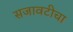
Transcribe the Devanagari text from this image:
सजावटीचा